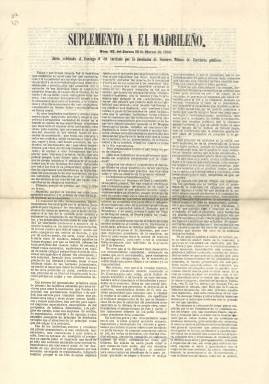
Título: Suplemento a El Madrileño
Colección: Periódicos
Ámbito geográfico: Madrid
Lugar de publicación: Madrid
Fechas: 12/03/1868-12/03/1868